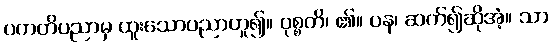
ပကတိပညာမှ ထူးသောပညာဟူ၍။ ဝုစ္စတိ၊ ၏။ ပန၊ ဆက်၍ဆိုအံ့။ သာ